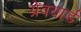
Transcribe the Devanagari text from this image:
ग्रेवयार्ड